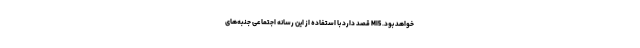
خواهد بود. MI5 قصد دارد با استفاده از این رسانه اجتماعی جنبه‌های